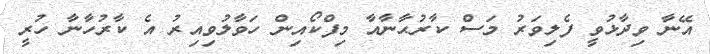
އޭނާ ވިދާޅުވީ ފެލިވަރު މަސް ކާރުޙާނާއާ މިފްކޯއިން ހަވާލުވިއިރު އެ ކާރުހާނާ ހުރީ